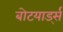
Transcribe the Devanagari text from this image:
बोटयार्ड्स